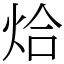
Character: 烚